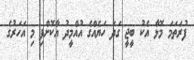
ފުރަތަމަ މޮޅާ އެކު ބީޖީ ގަދަ ހަޔެއްގެ އުއްމީދު އާކޮށްފި މި އަހަރުގެ